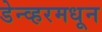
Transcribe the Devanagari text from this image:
डेन्व्हरमधून